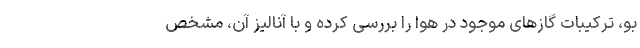
بو، ترکیبات گازهای موجود در هوا را بررسی کرده و با آنالیز آن، مشخص